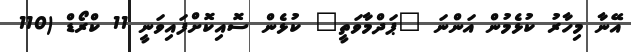
އޭނާ މިހާރު ކުޅެމުން އަންނަ "ޕަދްމާވަތީ" ކުޅެން ސޮއިކޮށްފައިވަނީ 11 ކްރޯޑް (110